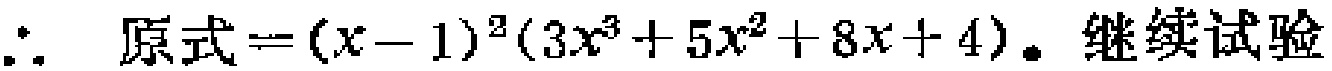
\(\therefore\) 原式\(=(x - 1)^2(3x^3 + 5x^2 + 8x + 4)\). 继续试验